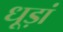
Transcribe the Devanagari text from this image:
धूड़ां